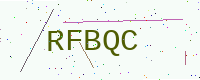
Text: RFBQC